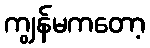
ကျွန်မကတော့